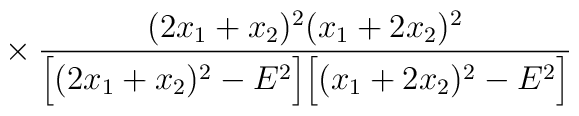
\makebox[2.8cm]{} \times \frac{ (2x_1+x_2)^2 (x_1+2x_2)^2} { \Big[(2 x_1 +x_2)^2-E^2 \Big] \Big[ (x_1+2x_2)^2-E^2 \Big]}